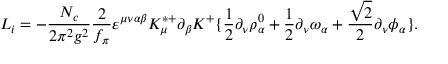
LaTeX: { \cal L } _ { i } = - \frac { N _ { c } } { 2 \pi ^ { 2 } g ^ { 2 } } { \frac { 2 } { f _ { \pi } } } \varepsilon ^ { \mu \nu \alpha \beta } K _ { \mu } ^ { * + } \partial _ { \beta } K ^ { + } \{ { \frac { 1 } { 2 } } \partial _ { \nu } \rho _ { \alpha } ^ { 0 } + { \frac { 1 } { 2 } } \partial _ { \nu } \omega _ { \alpha } + { \frac { \sqrt { 2 } } { 2 } } \partial _ { \nu } \phi _ { \alpha } \} .